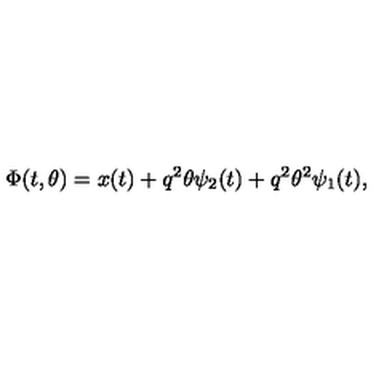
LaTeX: \Phi ( t , \theta ) = x ( t ) + q ^ { 2 } \theta \psi _ { 2 } ( t ) + q ^ { 2 } \theta ^ { 2 } \psi _ { 1 } ( t ) ,